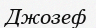
Джозеф